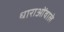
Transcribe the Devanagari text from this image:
धाराओंवाले